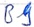
Text: B2